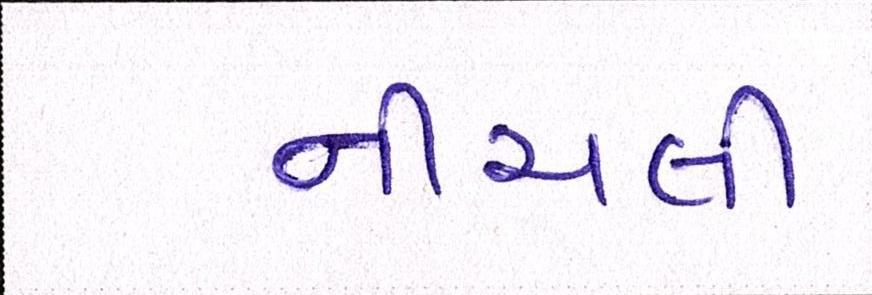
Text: નીચલી